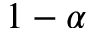
1 - \alpha